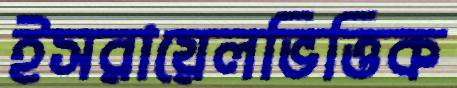
ইসরায়েলভিত্তিক